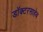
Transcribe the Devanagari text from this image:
डॉक्टरसाहेब